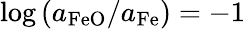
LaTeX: \log{(a_{\mathrm{FeO}}/a_{\mathrm{Fe}})=-1}